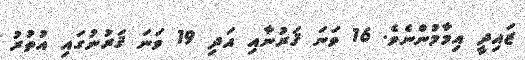
ޒައިދީ އިމާމުންނެވެ. 16 ވަނަ ޤަރުނާއި އަދި 19 ވަނަ ޤަރުނުގައި އުތުރު